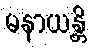
မနာယန္တိ